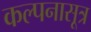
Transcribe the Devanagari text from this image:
कल्पनासूत्र